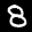
Label: 8